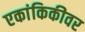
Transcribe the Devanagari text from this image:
एकांकिकीवर